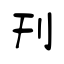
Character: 刊